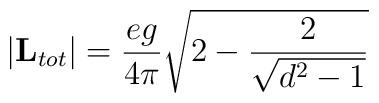
\vert {\bf L}_{tot} \vert = {e g \over 4 \pi} \sqrt{2 - {2 \over\sqrt{d^2 -1}}}